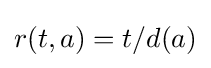
r(t,a)=t/d(a)